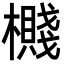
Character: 㰄